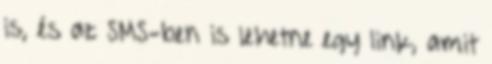
is, és az SMS-ben is lehetne egy link, amit